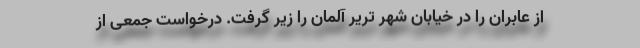
از عابران را در خیابان شهر تریر آلمان را زیر گرفت. درخواست جمعی از